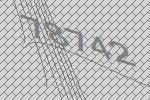
78742